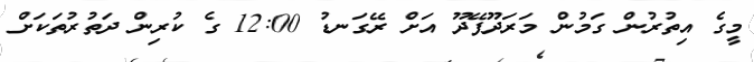
މީގެ އިތުރުން ގަމުން މަރަދޫފޭދޫ އަށް ރޭގަނޑު 12:00 ގެ ކުރިން ދަތުރުތަކަށް